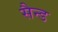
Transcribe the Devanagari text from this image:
सैन्ड